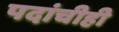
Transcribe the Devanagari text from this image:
पदांचीही